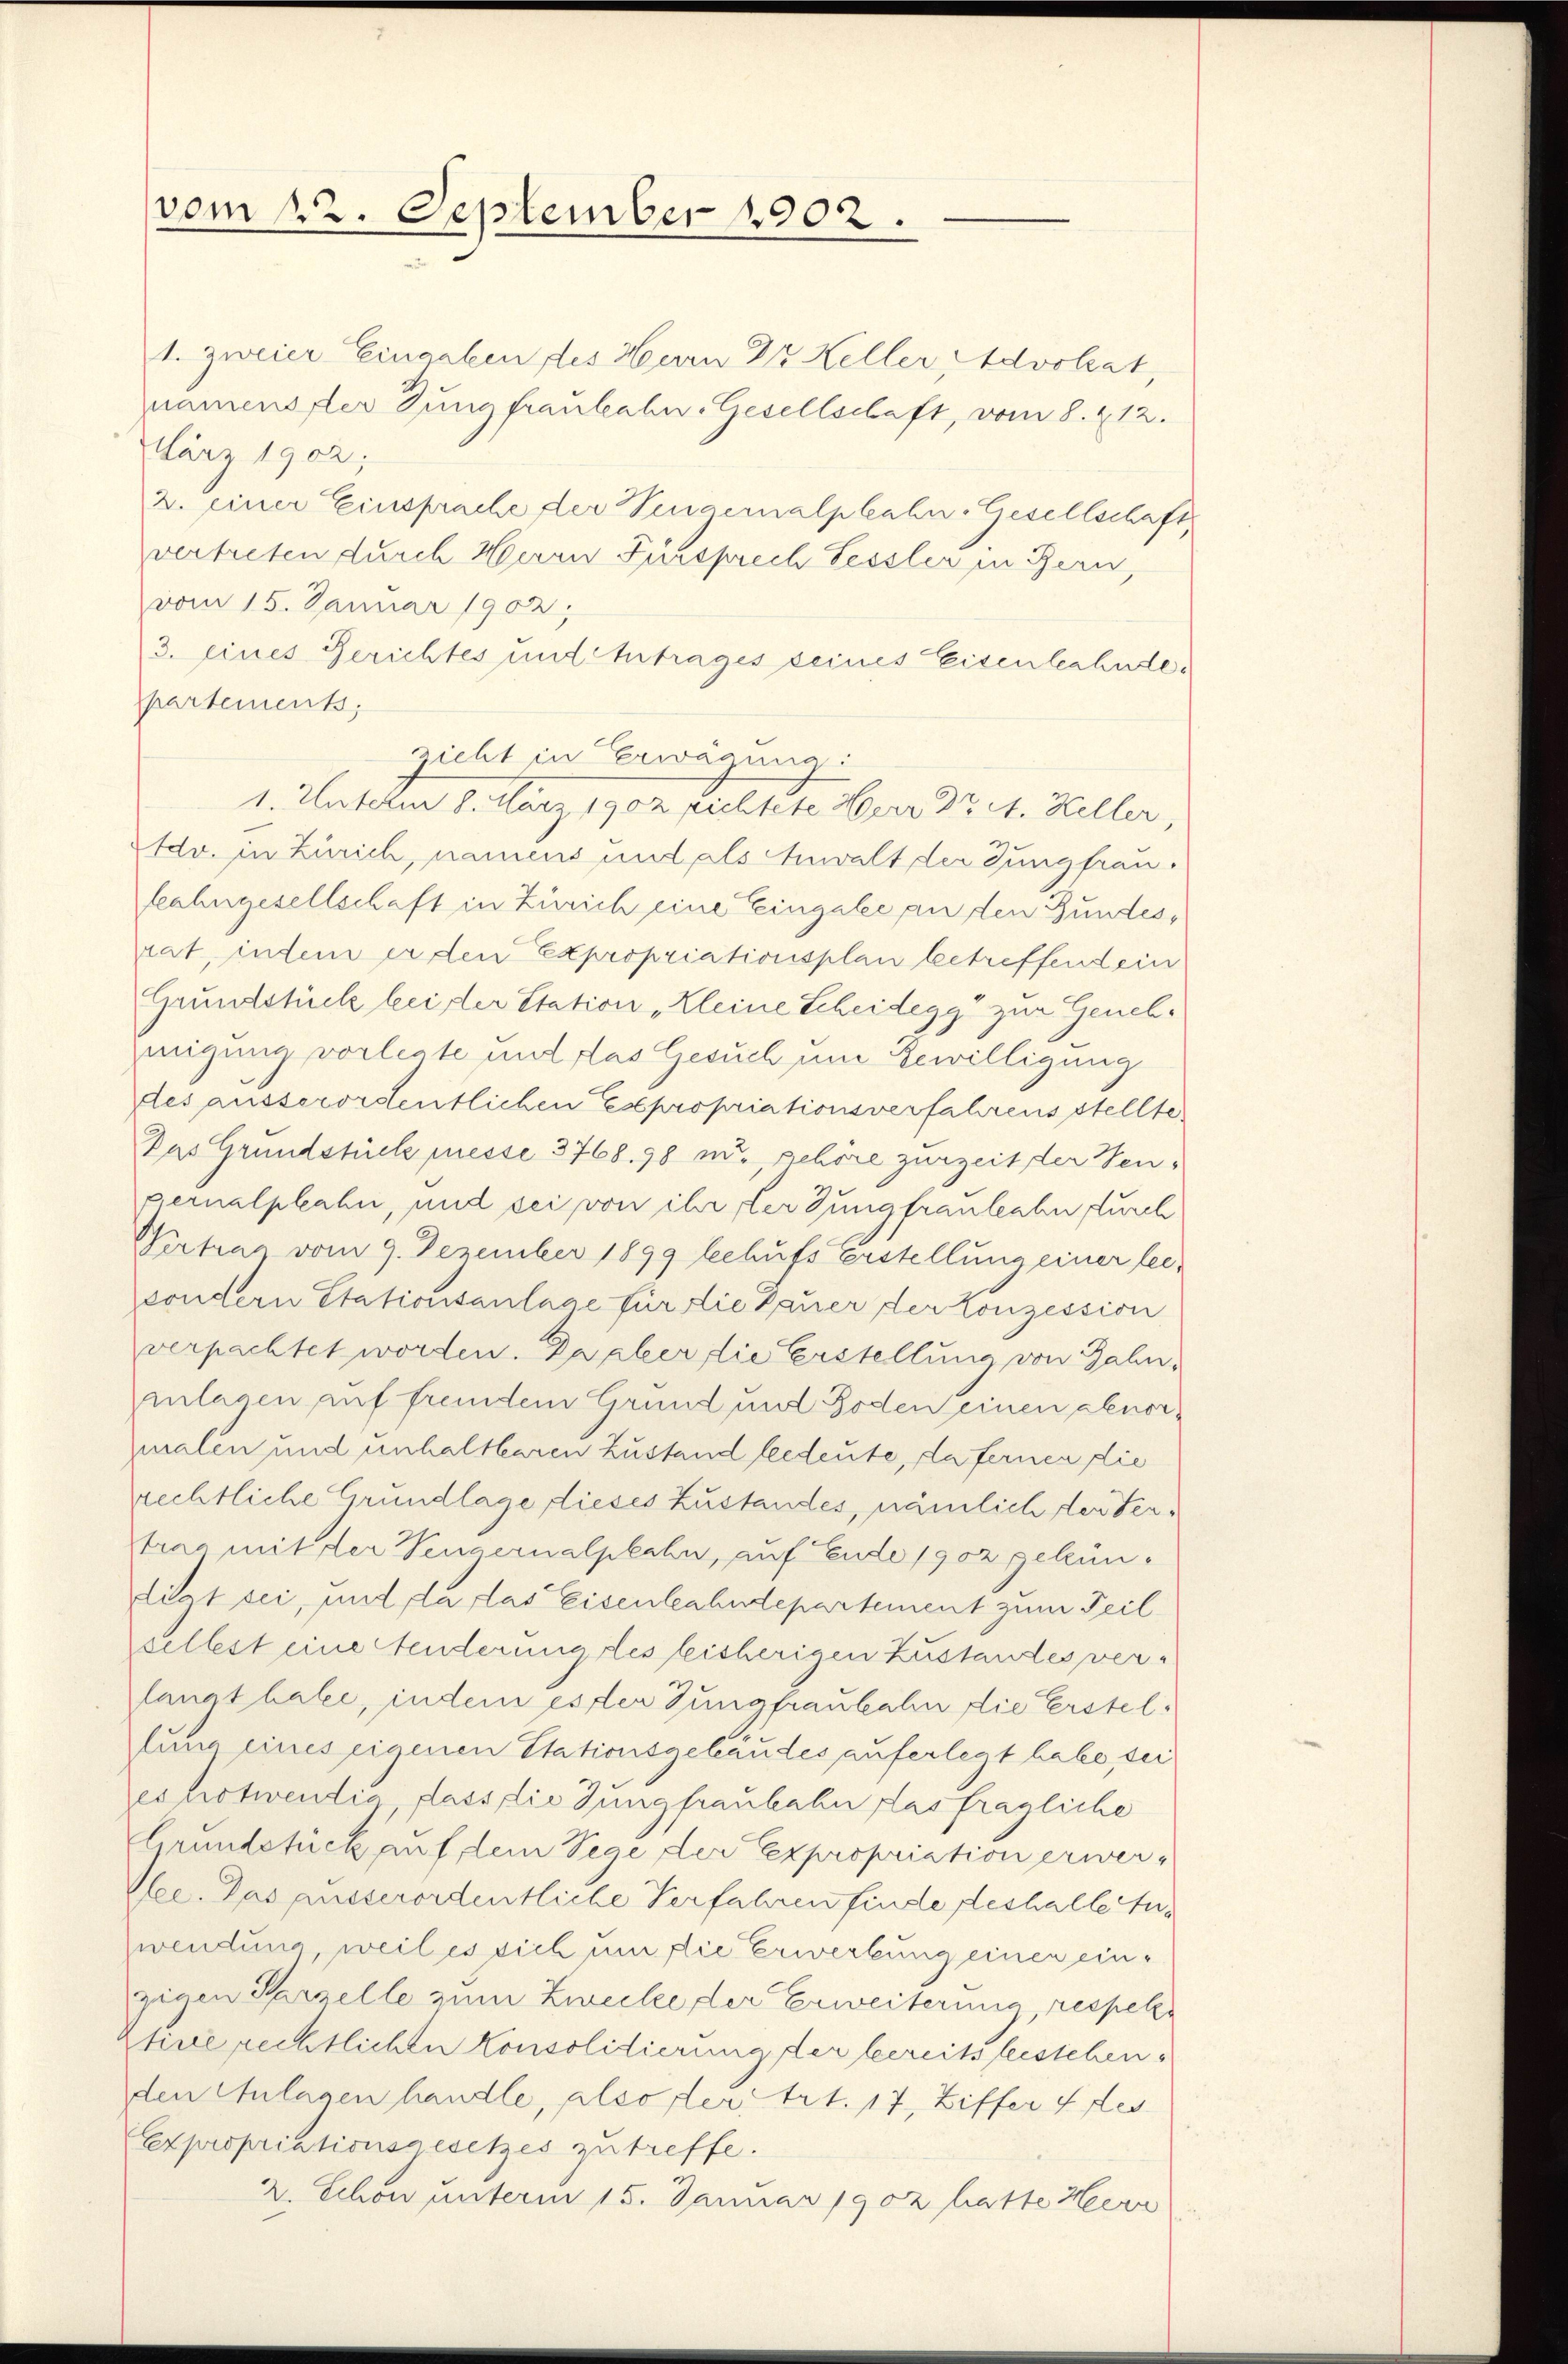
vom 22. September 1902.

1. zweier Eingaben des Herrn Dr Keller Advokat,
namens der Jungfraulahn-Gesellschaft, vom 8. 212.
März 1902;
2. einer Einsprache der Vengernalplahn-Gesellschaft
vertreten durch Herrn Fürsprech Sessler in Bern,
vom 15. Januar 1902.
3. eines Gerichtes und Antrages seines Eisenbahndepartements;
zieht in Erwägung:
1. Unterm 8. März 1902 zichtete Herr Dr A. Heller,
Idv. in Zürich, namens und als Anwalt der Jungfrau.
Lahngesellschaft in Zürich eine Eingabe an den Gundesrat, indem er den Expropriationsplan betreffendein
Grundstück bei der Station „Kleine Scheidegg zur Genehmigung vorlegte mit das Gesuch um Bewilligung
Des ausserordentlichen Expropriationsverfahrens stellte
Das Grundstück messe 3768. 98 m., gehöre zurzeit der Teupernalphahn, und sei von ihr der Jungfrauleabn durch
Vertrag vom 9. Dezember 1899 behufs Erstellung einer leisondern Stationsanlage für die Dauer der Konzession
verpachtet worden. Da aber die Erstellung von Bahn,
inlagen auf fremdem Grund und Boden einen abnor¬
Zmalen und unhaltbaren Zustand beedeute, da fernen die
rrechtliche Grundlage dieses Zustandes, nämlich der Vertrag mit der Vengernalphahn, auf Ende 1902 gekündigt sei, und da das Eisenbahndepartement zum Teil
selbst eine Stenderung des bisherigen Zustandes verlangt habe, indem es der Jungfraubahn die Erstellung eines eigenen Stationsgebäudes auferlegt habe, sei
es notwendia dass die Jungfraubahn das fragliche
Grundstück auf dem Sege der Expropriation erwer¬
Mee. Das ausserordentliche Verfahren finde deshalte Aus
wendung weil es sich um die Erwerbung einer einzigen Parzelle zum Zwecke der Erweiterung, respete
tine rechtlichen Konsolidierung der bereits leistehenden Anlagen handle, also ster, Art. 17, Ziffer 4 des
Expropriationsgesetzes zutreffe.
2. Schon unterm 15. Januar 1902 hatte Herr